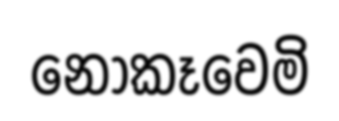
නොකෑවෙමි